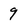
Character: 9